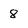
Character: 8